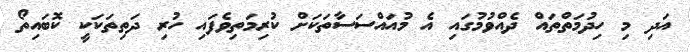
އަދި މި ހިދުމަތްތައް ދެއްވުމުގައި އެ މުއައްސަސާތަކަށް ކުރިމަތިވެފައި ހުރި ދަތިތަކަކީ ކޮބައިތޯ